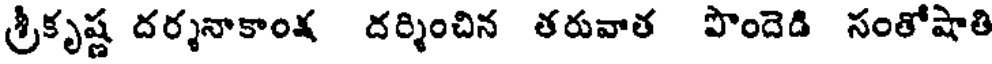
శ్రీకృష్ణ దర్శనాకాంక్ష దర్శించిన తరువాత పొందెడి సంతోషాతి